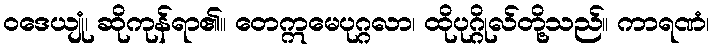
ဝဒေယျုံ၊ ဆိုကုန်ရာ၏။ တေဣမေပုဂ္ဂလာ၊ ထိုပုဂ္ဂိုလ်တို့သည်။ ကာရဏံ၊